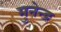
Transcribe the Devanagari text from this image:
मुनेन्द्र